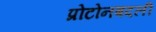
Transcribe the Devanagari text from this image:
प्रोटोनबदली